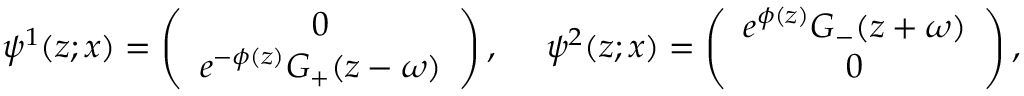
\psi ^ { 1 } ( z ; x ) = \left( \begin{array} { c r } { { 0 } } \\ { { e ^ { - \phi ( z ) } G _ { + } ( z - \omega ) } } \end{array} \right) , ~ ~ ~ ~ \psi ^ { 2 } ( z ; x ) = \left( \begin{array} { c r } { { e ^ { \phi ( z ) } G _ { - } ( z + \omega ) } } \\ { { 0 } } \end{array} \right) ,